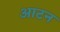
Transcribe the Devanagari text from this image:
आटन